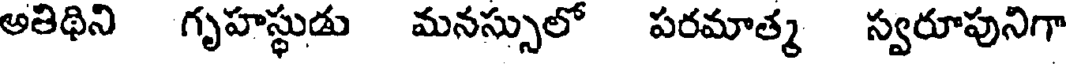
అతిథిని గృహస్థుడు మనస్సులో పరమాత్మ స్వరూపునిగా